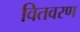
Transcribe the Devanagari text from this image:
वितवरण